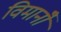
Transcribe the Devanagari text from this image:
विमानोँ